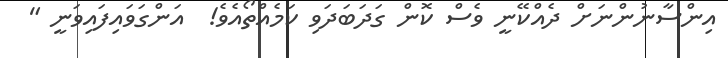
އިންސާނުންނަށް ދެއްކޭނީ ވެސް ކޮން ގަދަބަދަވި ކަމެއްތޯއެވެ!  އަންގަވައިފައިވަނީ "